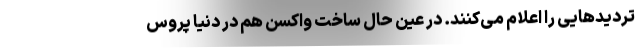
تردیدهایی را اعلام می‌کنند. در عین حال ساخت واکسن هم در دنیا پروس